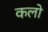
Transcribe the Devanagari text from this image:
कलो